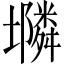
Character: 𱘔